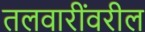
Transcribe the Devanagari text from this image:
तलवारींवरील